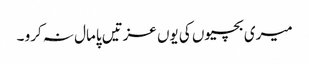
میری بچیوں کی یوں عزتیں پامال نہ کرو ۔